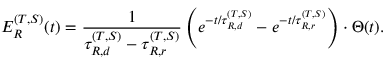
E _ { R } ^ { ( T , S ) } ( t ) = \frac { 1 } { \tau _ { R , d } ^ { ( T , S ) } - \tau _ { R , r } ^ { ( T , S ) } } \left( e ^ { - t / \tau _ { R , d } ^ { ( T , S ) } } - e ^ { - t / \tau _ { R , r } ^ { ( T , S ) } } \right) \cdot \Theta ( t ) .